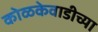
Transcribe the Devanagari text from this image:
कोळकेवाडीच्या